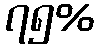
၇၅%